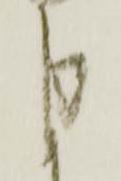
申